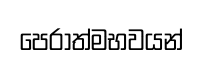
පෙරාත්මභවයන්